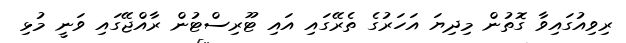
ރިވިއުގައިވާ ގޮތުން މިިދިޔަ އަހަރުގެ ތެރޭގައި އައި ޓޫރިސްޓުން ރާއްޖޭގައި ވަނީ މުޅި